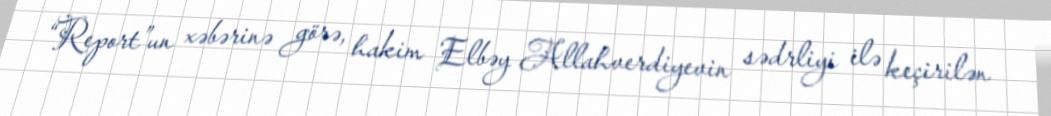
“Report”un xəbərinə görə, hakim Elbəy Allahverdiyevin sədrliyi ilə keçirilən